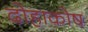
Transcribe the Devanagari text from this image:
दोहाकोष